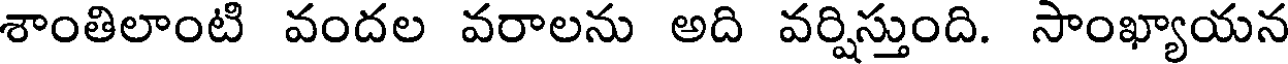
శాంతిలాంటి వందల వరాలను అది వర్షిస్తుంది. సాంఖ్యాయన